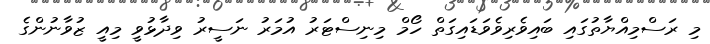
މި ރަސްމިއްޔާތުގައި ބައިވެރިވެވަޑައިގަތް ހޯމް މިނިސްޓަރު އުމަރު ނަސީރު ވިދާޅުވީ މިއީ ޒުވާނުންގެ